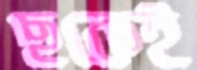
ছকেই